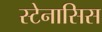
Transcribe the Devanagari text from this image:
स्टेनासिस